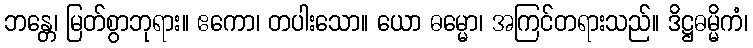
ဘန္တေ၊ မြတ်စွာဘုရား။ ဧကော၊ တပါးသော။ ယော ဓမ္မော၊ အကြင်တရားသည်။ ဒိဋ္ဌဓမ္မိကံ၊